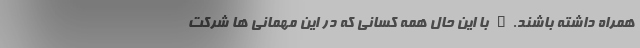
همراه داشته باشند." با این حال همه کسانی که در این مهمانی ها شرکت